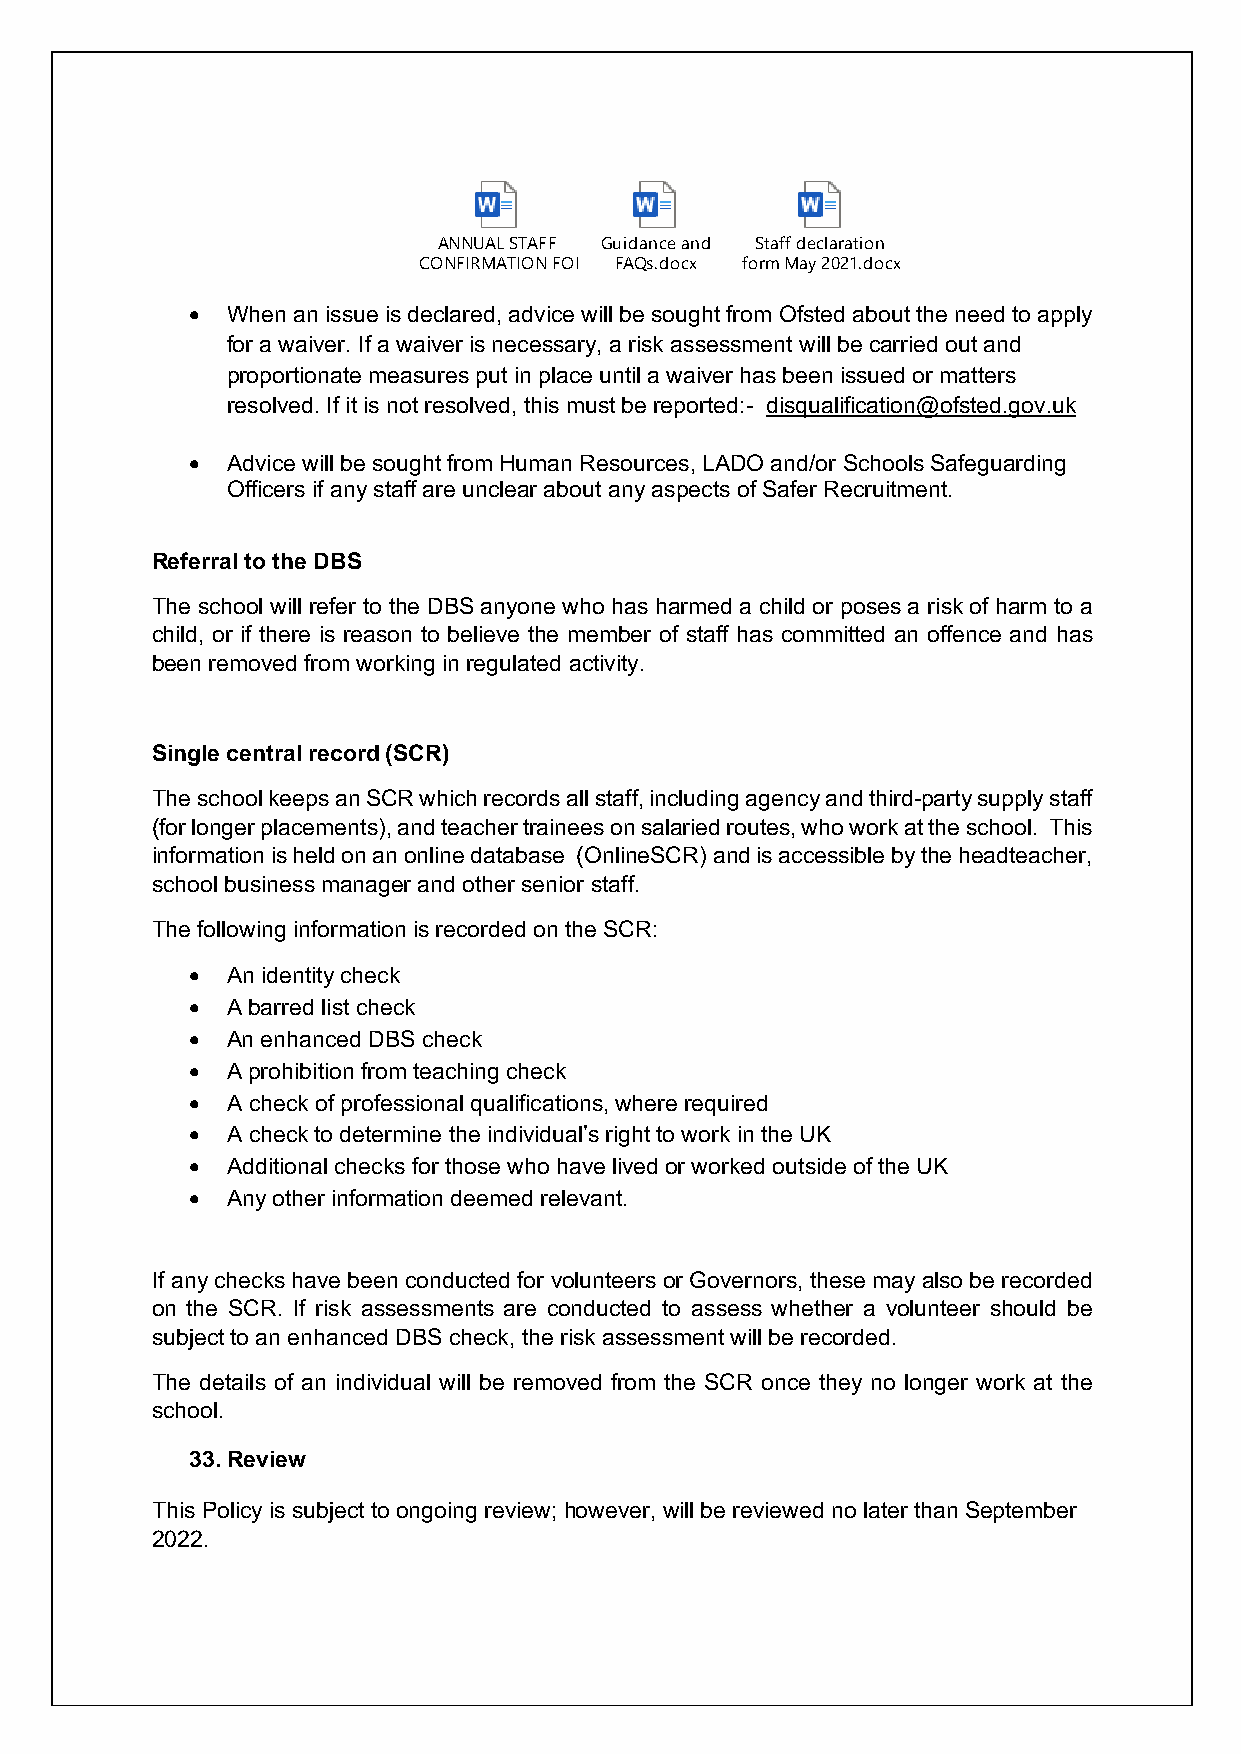
ANNUAL STAFF Guidance and Staff declaration
 CONFIRMATION FORM MFaAyQ 2s0.d2o1.cdxocx form May 2021.docx
 • When an issue is declared, advice will be sought from Ofsted about the need to apply
 for a waiver. If a waiver is necessary, a risk assessment will be carried out and
 proportionate measures put in place until a waiver has been issued or matters
 resolved. If it is not resolved, this must be reported:- disqualification@ofsted.gov.uk
 • Advice will be sought from Human Resources, LADO and/or Schools Safeguarding
 Officers if any staff are unclear about any aspects of Safer Recruitment.
 Referral to the DBS
 The school will refer to the DBS anyone who has harmed a child or poses a risk of harm to a
 child, or if there is reason to believe the member of staff has committed an offence and has
 been removed from working in regulated activity.
 Single central record (SCR)
 The school keeps an SCR which records all staff, including agency and third-party supply staff
 (for longer placements), and teacher trainees on salaried routes, who work at the school. This
 information is held on an online database (OnlineSCR) and is accessible by the headteacher,
 school business manager and other senior staff.
 The following information is recorded on the SCR:
 • An identity check
 • A barred list check
 • An enhanced DBS check
 • A prohibition from teaching check
 • A check of professional qualifications, where required
 • A check to determine the individual’s right to work in the UK
 • Additional checks for those who have lived or worked outside of the UK
 • Any other information deemed relevant.
 If any checks have been conducted for volunteers or Governors, these may also be recorded
 on the SCR. If risk assessments are conducted to assess whether a volunteer should be
 subject to an enhanced DBS check, the risk assessment will be recorded.
 The details of an individual will be removed from the SCR once they no longer work at the
 school.
 33. Review
 This Policy is subject to ongoing review; however, will be reviewed no later than September
 2022.